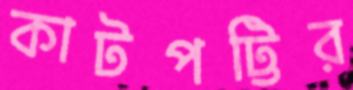
কাটপট্টির